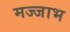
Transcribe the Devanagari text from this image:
मज्जाभ